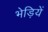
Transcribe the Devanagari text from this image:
भेड़ियें